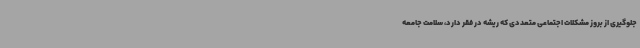
جلوگیری از بروز مشکلات اجتماعی متعددی که ریشه در فقر دارد، سلامت جامعه